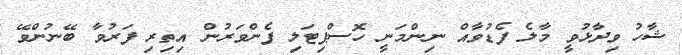
ޝާހު ވިދާޅުވީ މާލެ ފެޑުވާއް ނިންމަނީ ހޮސްޕިޓަލި ފެންވަރުން އިތިރި ފަރުވާ ބޭނުންވޭ